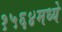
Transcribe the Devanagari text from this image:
१५६४मध्ये